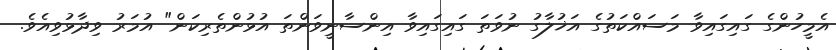
އެމީހުންގެ ގައިގައިވާ މަސައްކަތުގެ އަޚުލާގު ނުވަތަ ގައިގައިވާ އިންސާނީވަންތަ އުޅުންތެރިކަން" އުމަރު ވިދާޅުވިއެވެ.